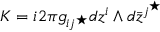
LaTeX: K = \o { i } { 2 \pi } g _ { i j ^ { \star } } d z ^ { i } \wedge d { \bar { z } } ^ { j ^ { \star } }